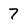
Character: 7